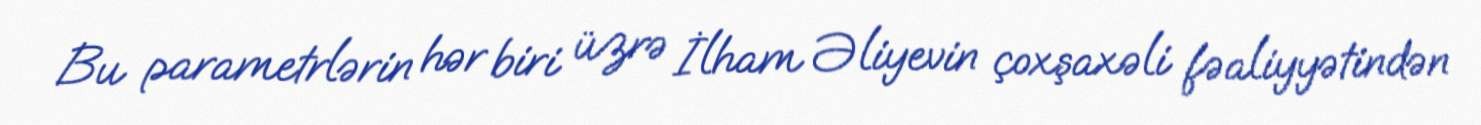
Bu parametrlərin hər biri üzrə İlham Əliyevin çoxşaxəli fəaliyyətindən